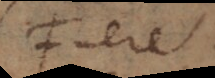
Fuere